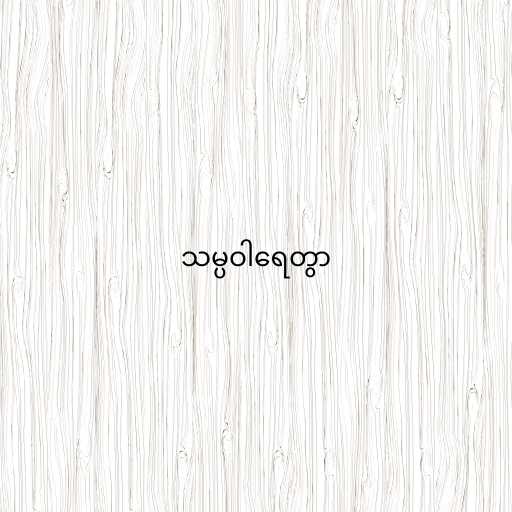
သမ္ပဝါရေတွာ